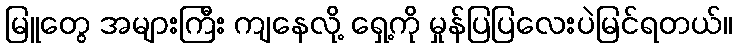
မြူတွေ အများကြီး ကျနေလို့ ရှေ့ကို မှုန်ပြပြလေးပဲမြင်ရတယ်။